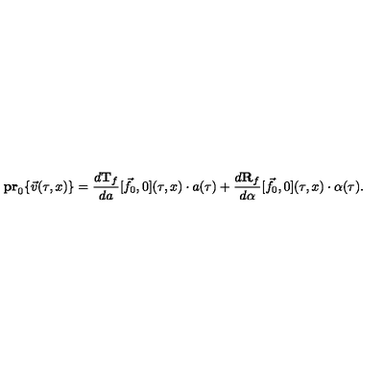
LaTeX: { \bf p r } _ { 0 } \{ \vec { v } ( \tau , x ) \} = \frac { d { \bf T } _ { f } } { d a } [ \vec { f } _ { 0 } , 0 ] ( \tau , x ) \cdot a ( \tau ) + \frac { d { \bf R } _ { f } } { d \alpha } [ \vec { f } _ { 0 } , 0 ] ( \tau , x ) \cdot \alpha ( \tau ) .